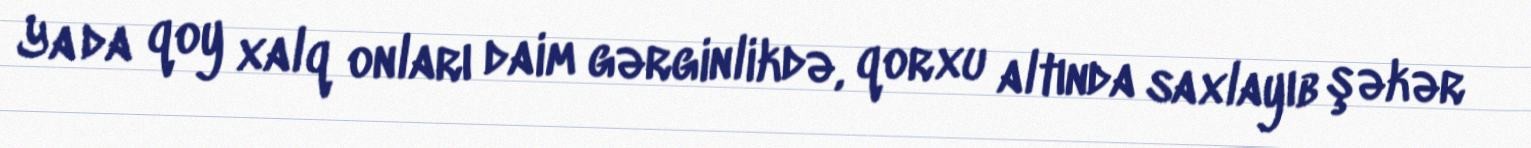
Ya da qoy xalq onları daim gərginlikdə, qorxu altında saxlayıb şəkər